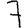
Digit: 7